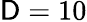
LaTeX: \mathsf{D}=10